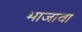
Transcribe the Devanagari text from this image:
भाजावा